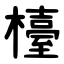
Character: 檯